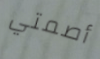
أصمتي